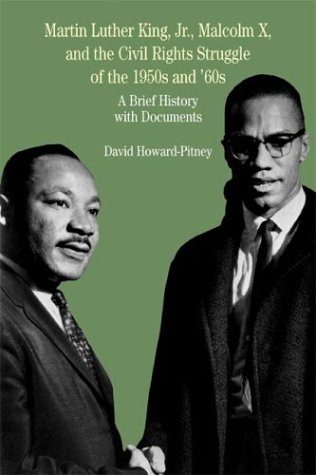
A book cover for Martin Luther King, Jr., Malcolm X, and the Civil Rights Struggle of the 1950s and 1960s: A Brief History with Documents (Bedford Cultural Editions Series); David Howard-Pitney; History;